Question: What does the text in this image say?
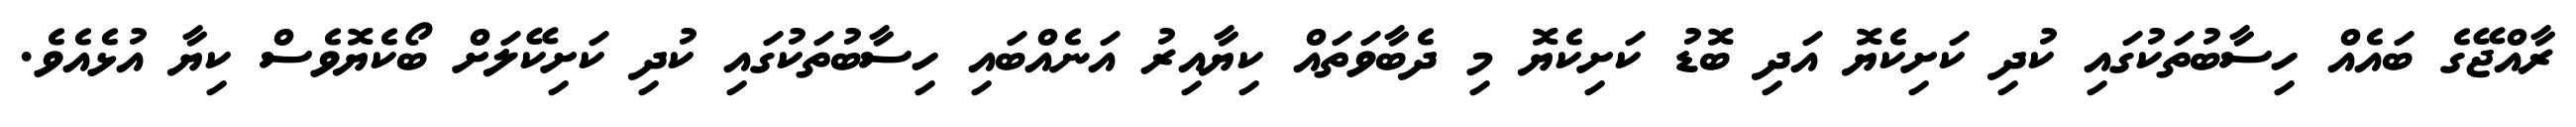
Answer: ރާއްޖޭގެ ބައެއް ހިސާބުތަކުގައި ކުދި ކަށިކެޔޮ އަދި ބޮޑު ކަށިކެޔޮ މި ދެބާވަތައް ކިޔާއިރު އަނެއްބައި ހިސާބުތަކުގައި ކުދި ކަށިކޭލަށް ބޯކެޔޮވެސް ކިޔާ އުޅެއެވެ.